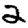
Digit: 2